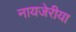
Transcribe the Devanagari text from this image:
नायजेरीया